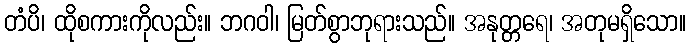
တံပိ၊ ထိုစကားကိုလည်း။ ဘဂဝါ၊ မြတ်စွာဘုရားသည်။ အနုတ္တရေ၊ အတုမရှိသော။